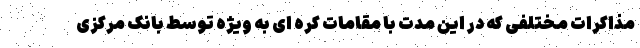
مذاکرات مختلفی که در این مدت با مقامات کره ای به ویژه توسط بانک مرکزی